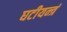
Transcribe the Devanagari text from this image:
घटीयन्त्रं